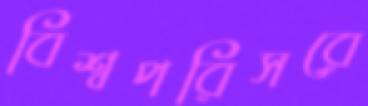
বিশ্বপরিসরে